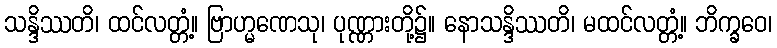
သန္ဒိဿတိ၊ ထင်လတ္တံ့။ ဗြာဟ္မဏေသု၊ ပုဏ္ဏားတို့၌။ နောသန္ဒိဿတိ၊ မထင်လတ္တံ့။ ဘိက္ခဝေ၊